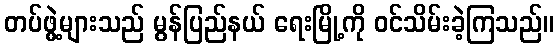
တပ်ဖွဲ့များသည် မွန်ပြည်နယ် ရေးမြို့ကို ဝင်သိမ်းခဲ့ကြသည်။